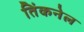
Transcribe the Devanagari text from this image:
तिंकनेल